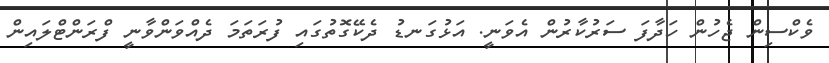
ވެކްސިން ޖެހުން ހަދާފަ ސަރުކާރުން އެވަނީ. އަޅުގަނޑު ދެކޭގޮތުގައި ފުރަތަމަ ދެއްވަންވާނީ ފްރަންޓްލައިން